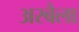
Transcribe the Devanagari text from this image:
अरबैला